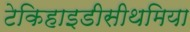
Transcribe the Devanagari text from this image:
टेकिहाइडीसीथमिया